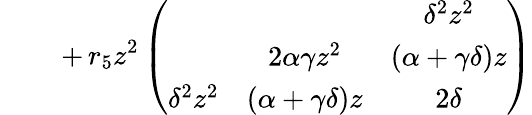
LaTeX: \qquad\, +\, r_{5}z^{2}\left(\begin{array}{ccc}{{}}&{{}}&{{\delta^{2}z^{2}}}\\ {{}}&{{2\alpha\gamma z^{2}}}&{{(\alpha+\gamma\delta)z}}\\ {{\delta^{2}z^{2}}}&{{(\alpha+\gamma\delta)z}}&{{2\delta}}\end{array}\right)